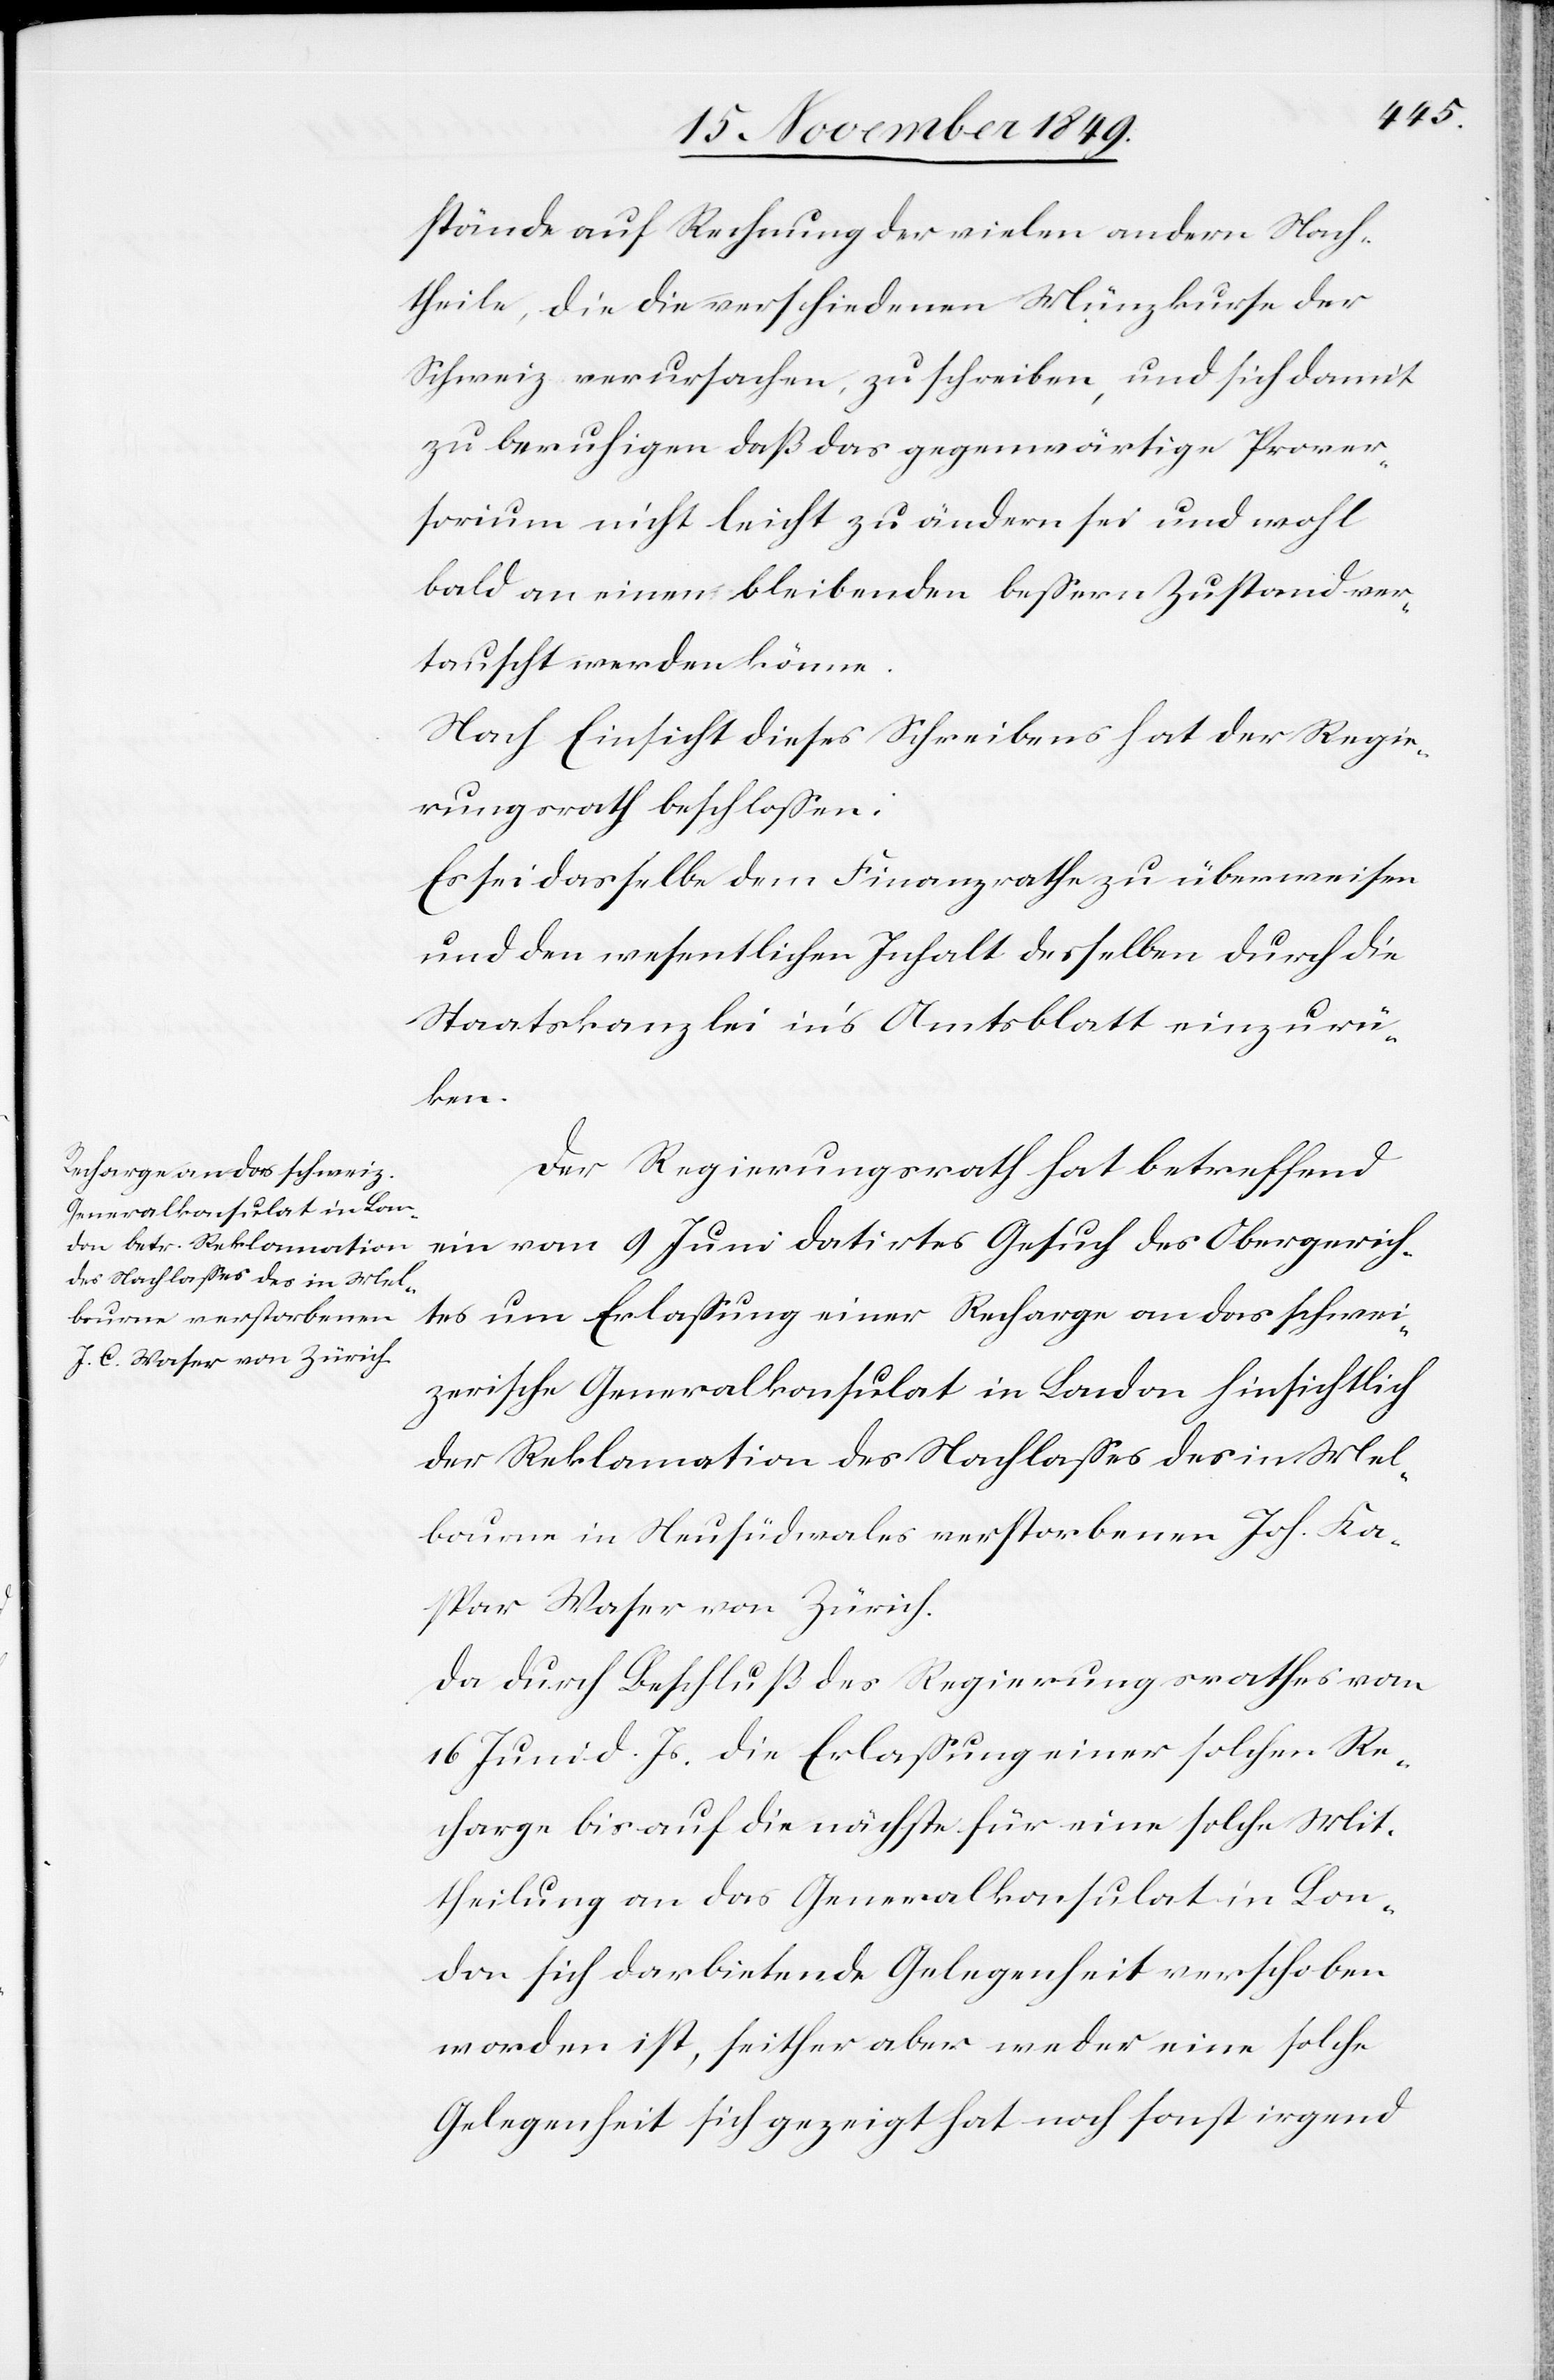
stände auf Rechnung der vielen andern Nach¬
theile, die die verschiedenen Münzkurse der
Schweiz verursachen, zu schreiben, und sich damit
zu beruhigen daß das gegenwärtige Prover¬
sorium [sic!] nicht leicht zu ändern sei und wohl
bald an einen bleibenden beßern Zustand ver¬
tauscht werden könne.
Nach Einsicht dieses Schreibens hat der Regie¬
rungsrath beschloßen:
Es sei dasselbe dem Finanzrathe zu überweisen
und den wesentlichen Inhalt derselben durch die
Staatskanzlei in’s Amtsblatt einzurü¬
cken.
Der Regierungsrath hat betreffend
ein vom 9 Juni datirtes Gesuch des Obergerich¬
tes um Erlaßung einer Recharge an das schwei¬
zerische Generalkonsulat in London hinsichtlich
der Reklamation des Nachlaßes des in Mel¬
bourne in Neusüdwales verstorbenen Joh. Ka¬
spar Waser von Zürich.
Da durch Beschluß des Regierungsrathes vom
16 Juni d. Js. die Erlaßung einer solchen Re¬
charge bis auf die nächste für eine solche Mit¬
theilung an das Generalkonsulat in Lon¬
don sich darbietende Gelegenheit verschoben
worden ist, seither aber weder eine solche
Gelegenheit sich gezeigt hat noch sonst irgend